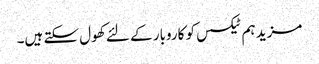
مزید ہم ٹیکسس کو کاروبار کے لئے کھول سکتے ہیں۔